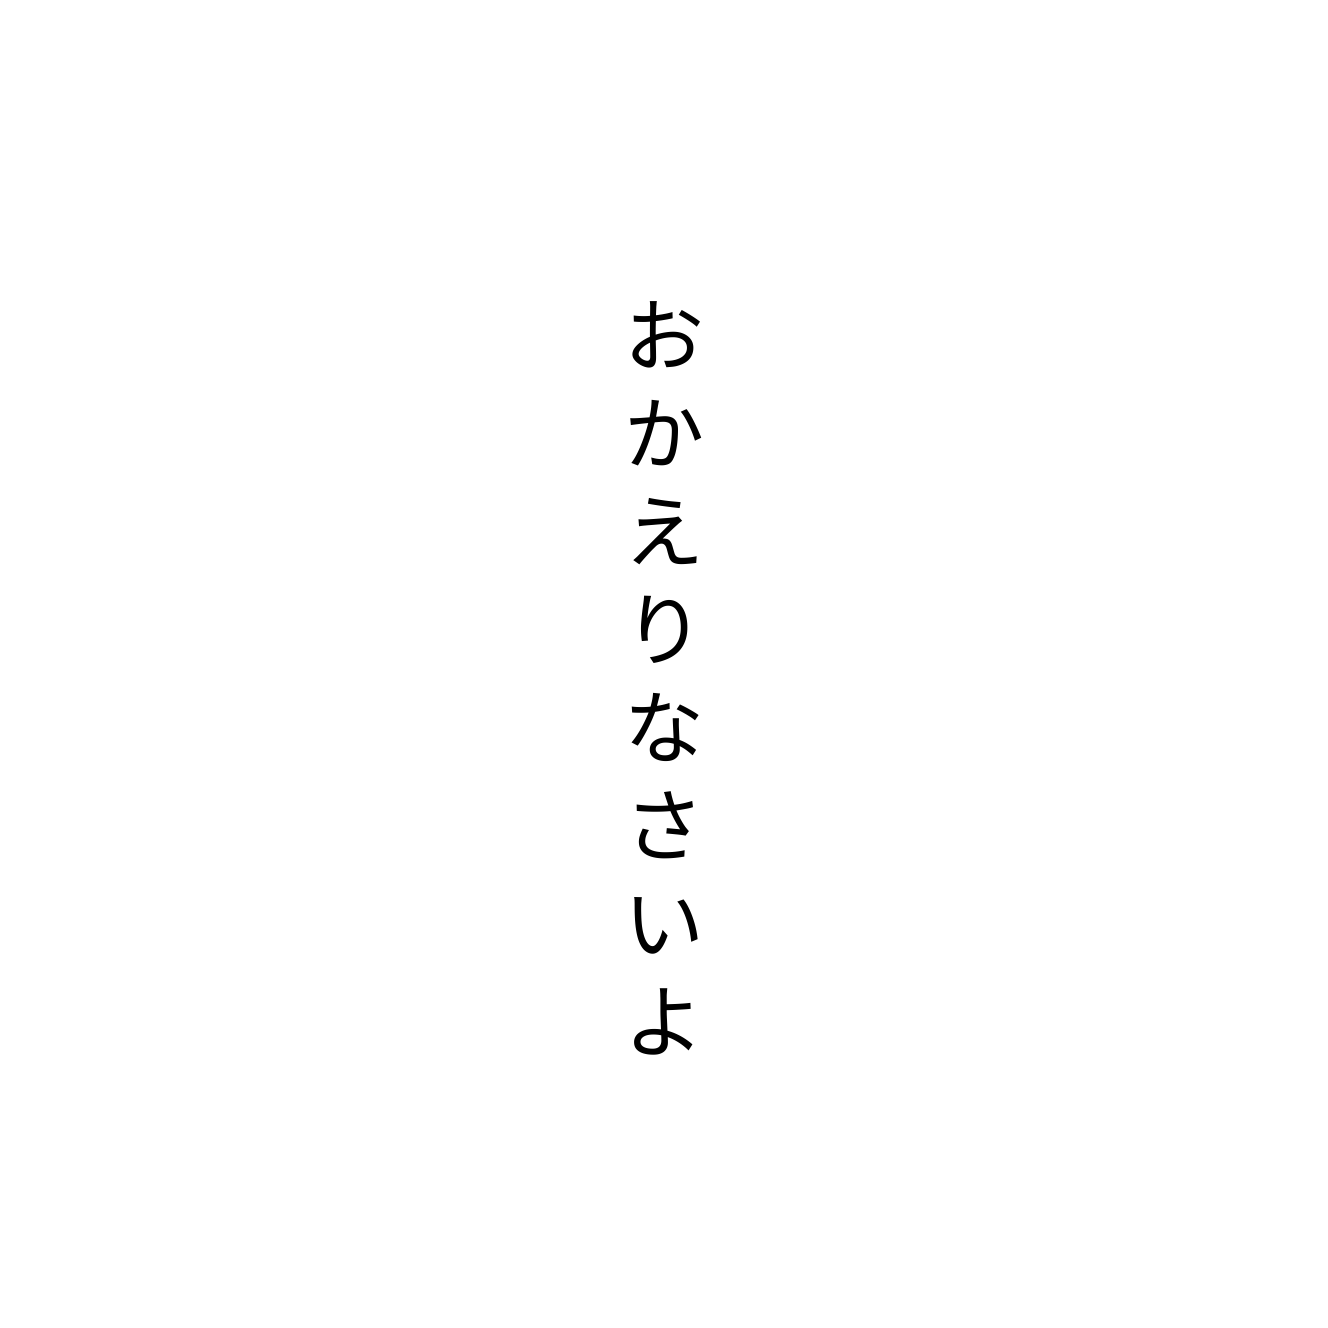
おかえりなさいよ